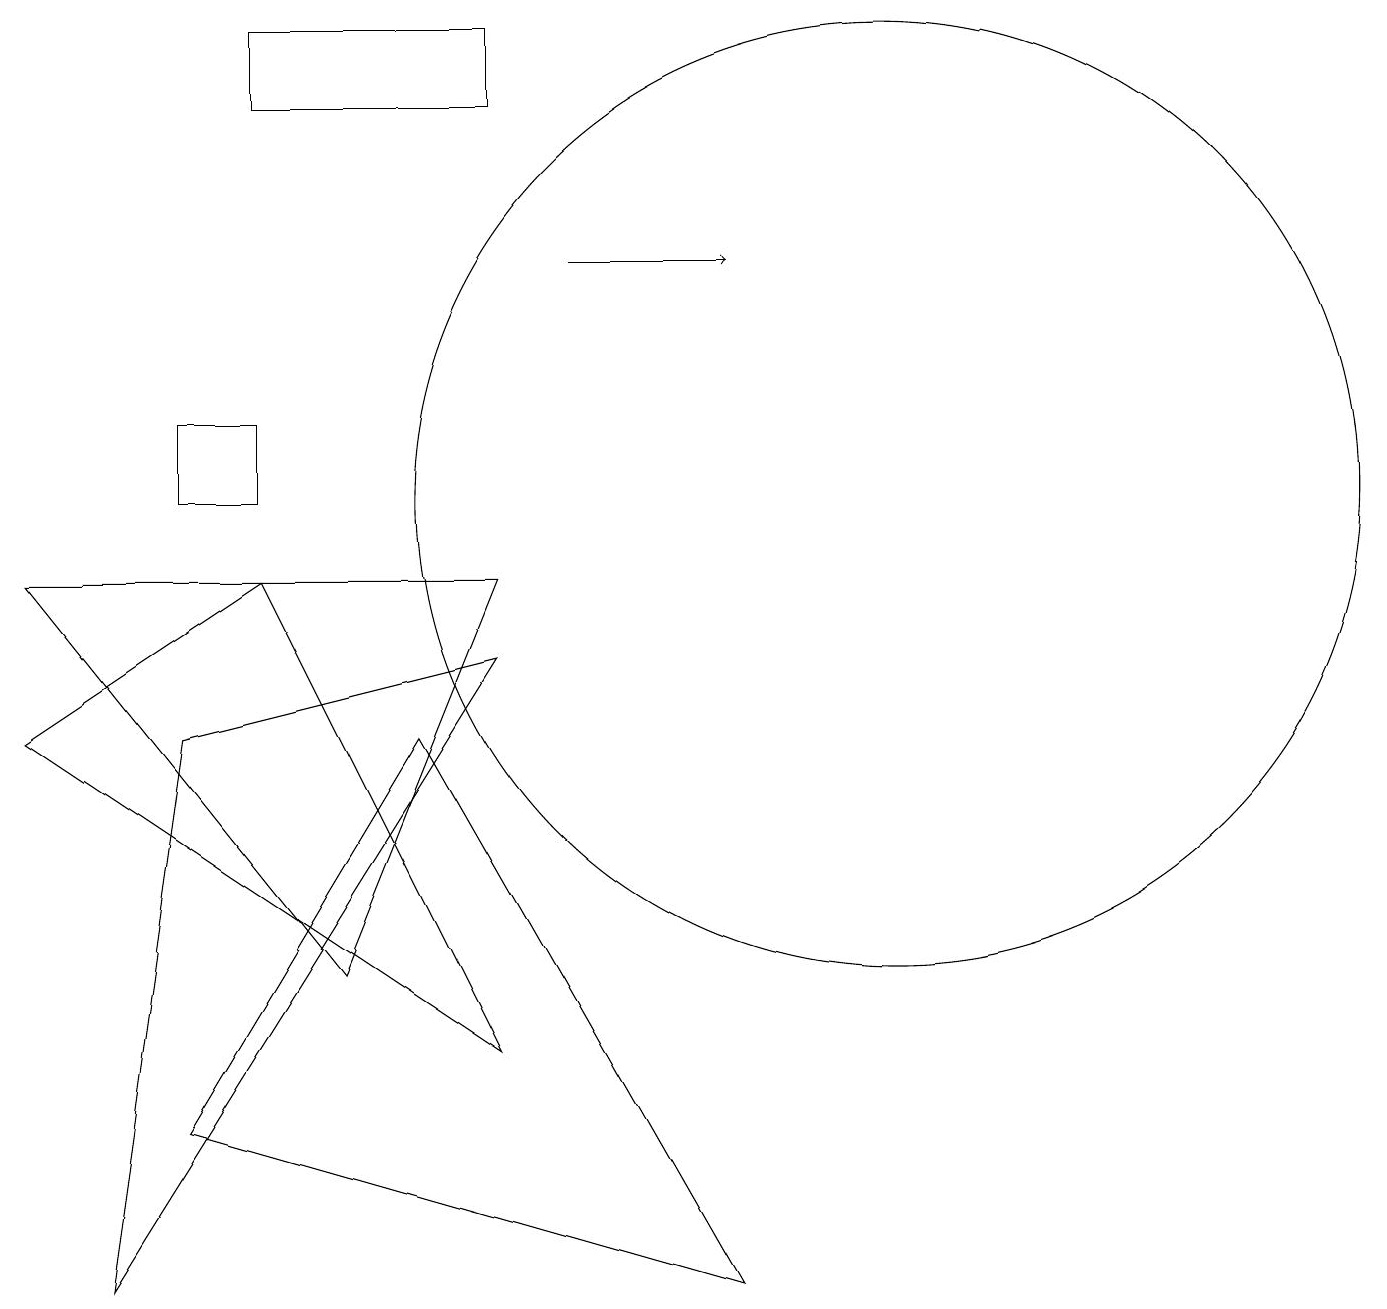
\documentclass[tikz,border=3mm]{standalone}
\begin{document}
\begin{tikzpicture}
\draw (11,10) circle (6);
\draw (6,9) -- (4,4) -- (0,9) -- cycle;
\draw (2,11) rectangle (3,10);
\draw (3,15) rectangle (6,16);
\draw (6,3) -- (0,7) -- (3,9) -- cycle;
\draw[->] (7,13) -- (9,13);
\draw (6,8) -- (1,0) -- (2,7) -- cycle;
\draw (9,0) -- (2,2) -- (5,7) -- cycle;
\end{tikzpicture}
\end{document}